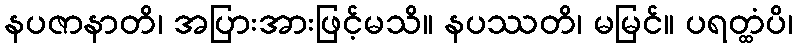
နပဇာနာတိ၊ အပြားအားဖြင့်မသိ။ နပဿတိ၊ မမြင်။ ပရတ္ထံပိ၊